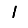
Digit: 1